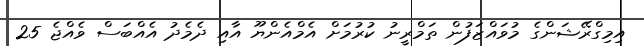
އިމިގްރޭޝަންގެ މުވައްޒަފުން ތަމްރީނު ކުރުމަށް އެމްއެންޔޫ އާއި ދެމެދު އެއްބަސް ވެއްޖެ 25